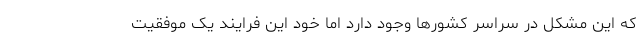
که این مشکل در سراسر کشورها وجود دارد اما خود این فرایند یک موفقیت